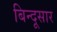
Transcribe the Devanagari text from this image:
बिन्दूसार